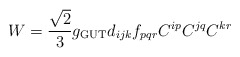
\begin{align*}W=\frac{\sqrt{2}}{3}g_{\rm GUT}d_{ijk}f_{pqr}C^{ip}C^{jq}C^{kr}\end{align*}